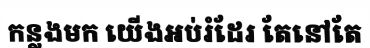
កន្លងមក យើងអប់រំដែរ តែនៅតែ